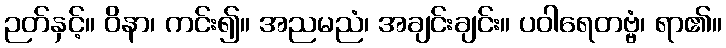
ဉတ်နှင့်။ ဝိနာ၊ ကင်း၍။ အညမညံ၊ အချင်းချင်း။ ပဝါရေတဗ္ဗံ၊ ရာ၏။